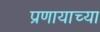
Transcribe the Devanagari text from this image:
प्रणायाच्या